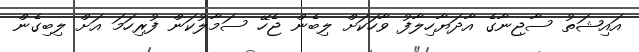
އައިޝަތު ސާޖިނާގެ އާދަޔާހިލާފު ވާހަކަށް ލިބެން ޖެހޭ ސަމާލުކަން ފުރިހަމަ އަށް ލިބިގެން